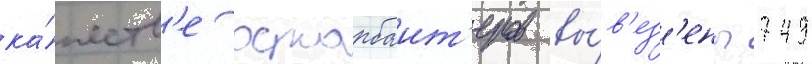
ка́честв'е остарбаит'еров вы́в'ез'ены 749